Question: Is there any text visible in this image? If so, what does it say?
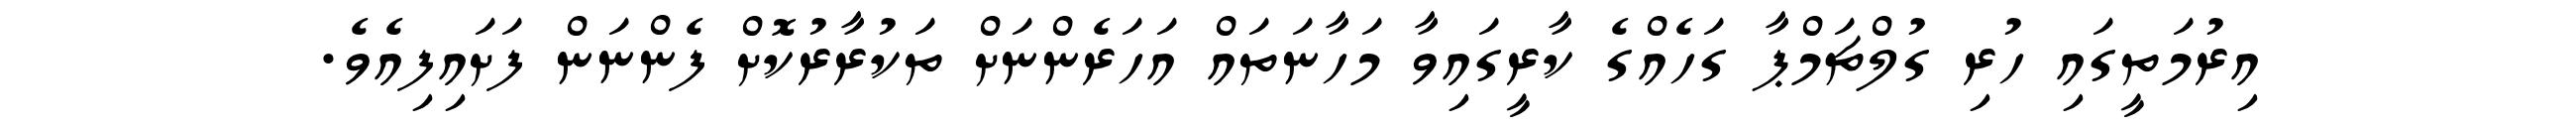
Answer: އިރުމަތީގައި ހުރި ގުލްޗަމްޕާ ގަހެއްގެ ކާރީގައިވާ މަހާނަތައް އަހަރެންނަށް ތަކުރާރުކޮށް ފެންނަން ފަށައިފިއެވެ.